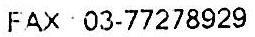
FAX 03-77278929